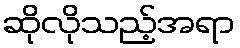
ဆိုလိုသည့်အရာ